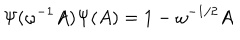
\Psi ( \omega ^ { - 1 } A ) \Psi ( A ) = 1 - \omega ^ { - 1 / 2 } A